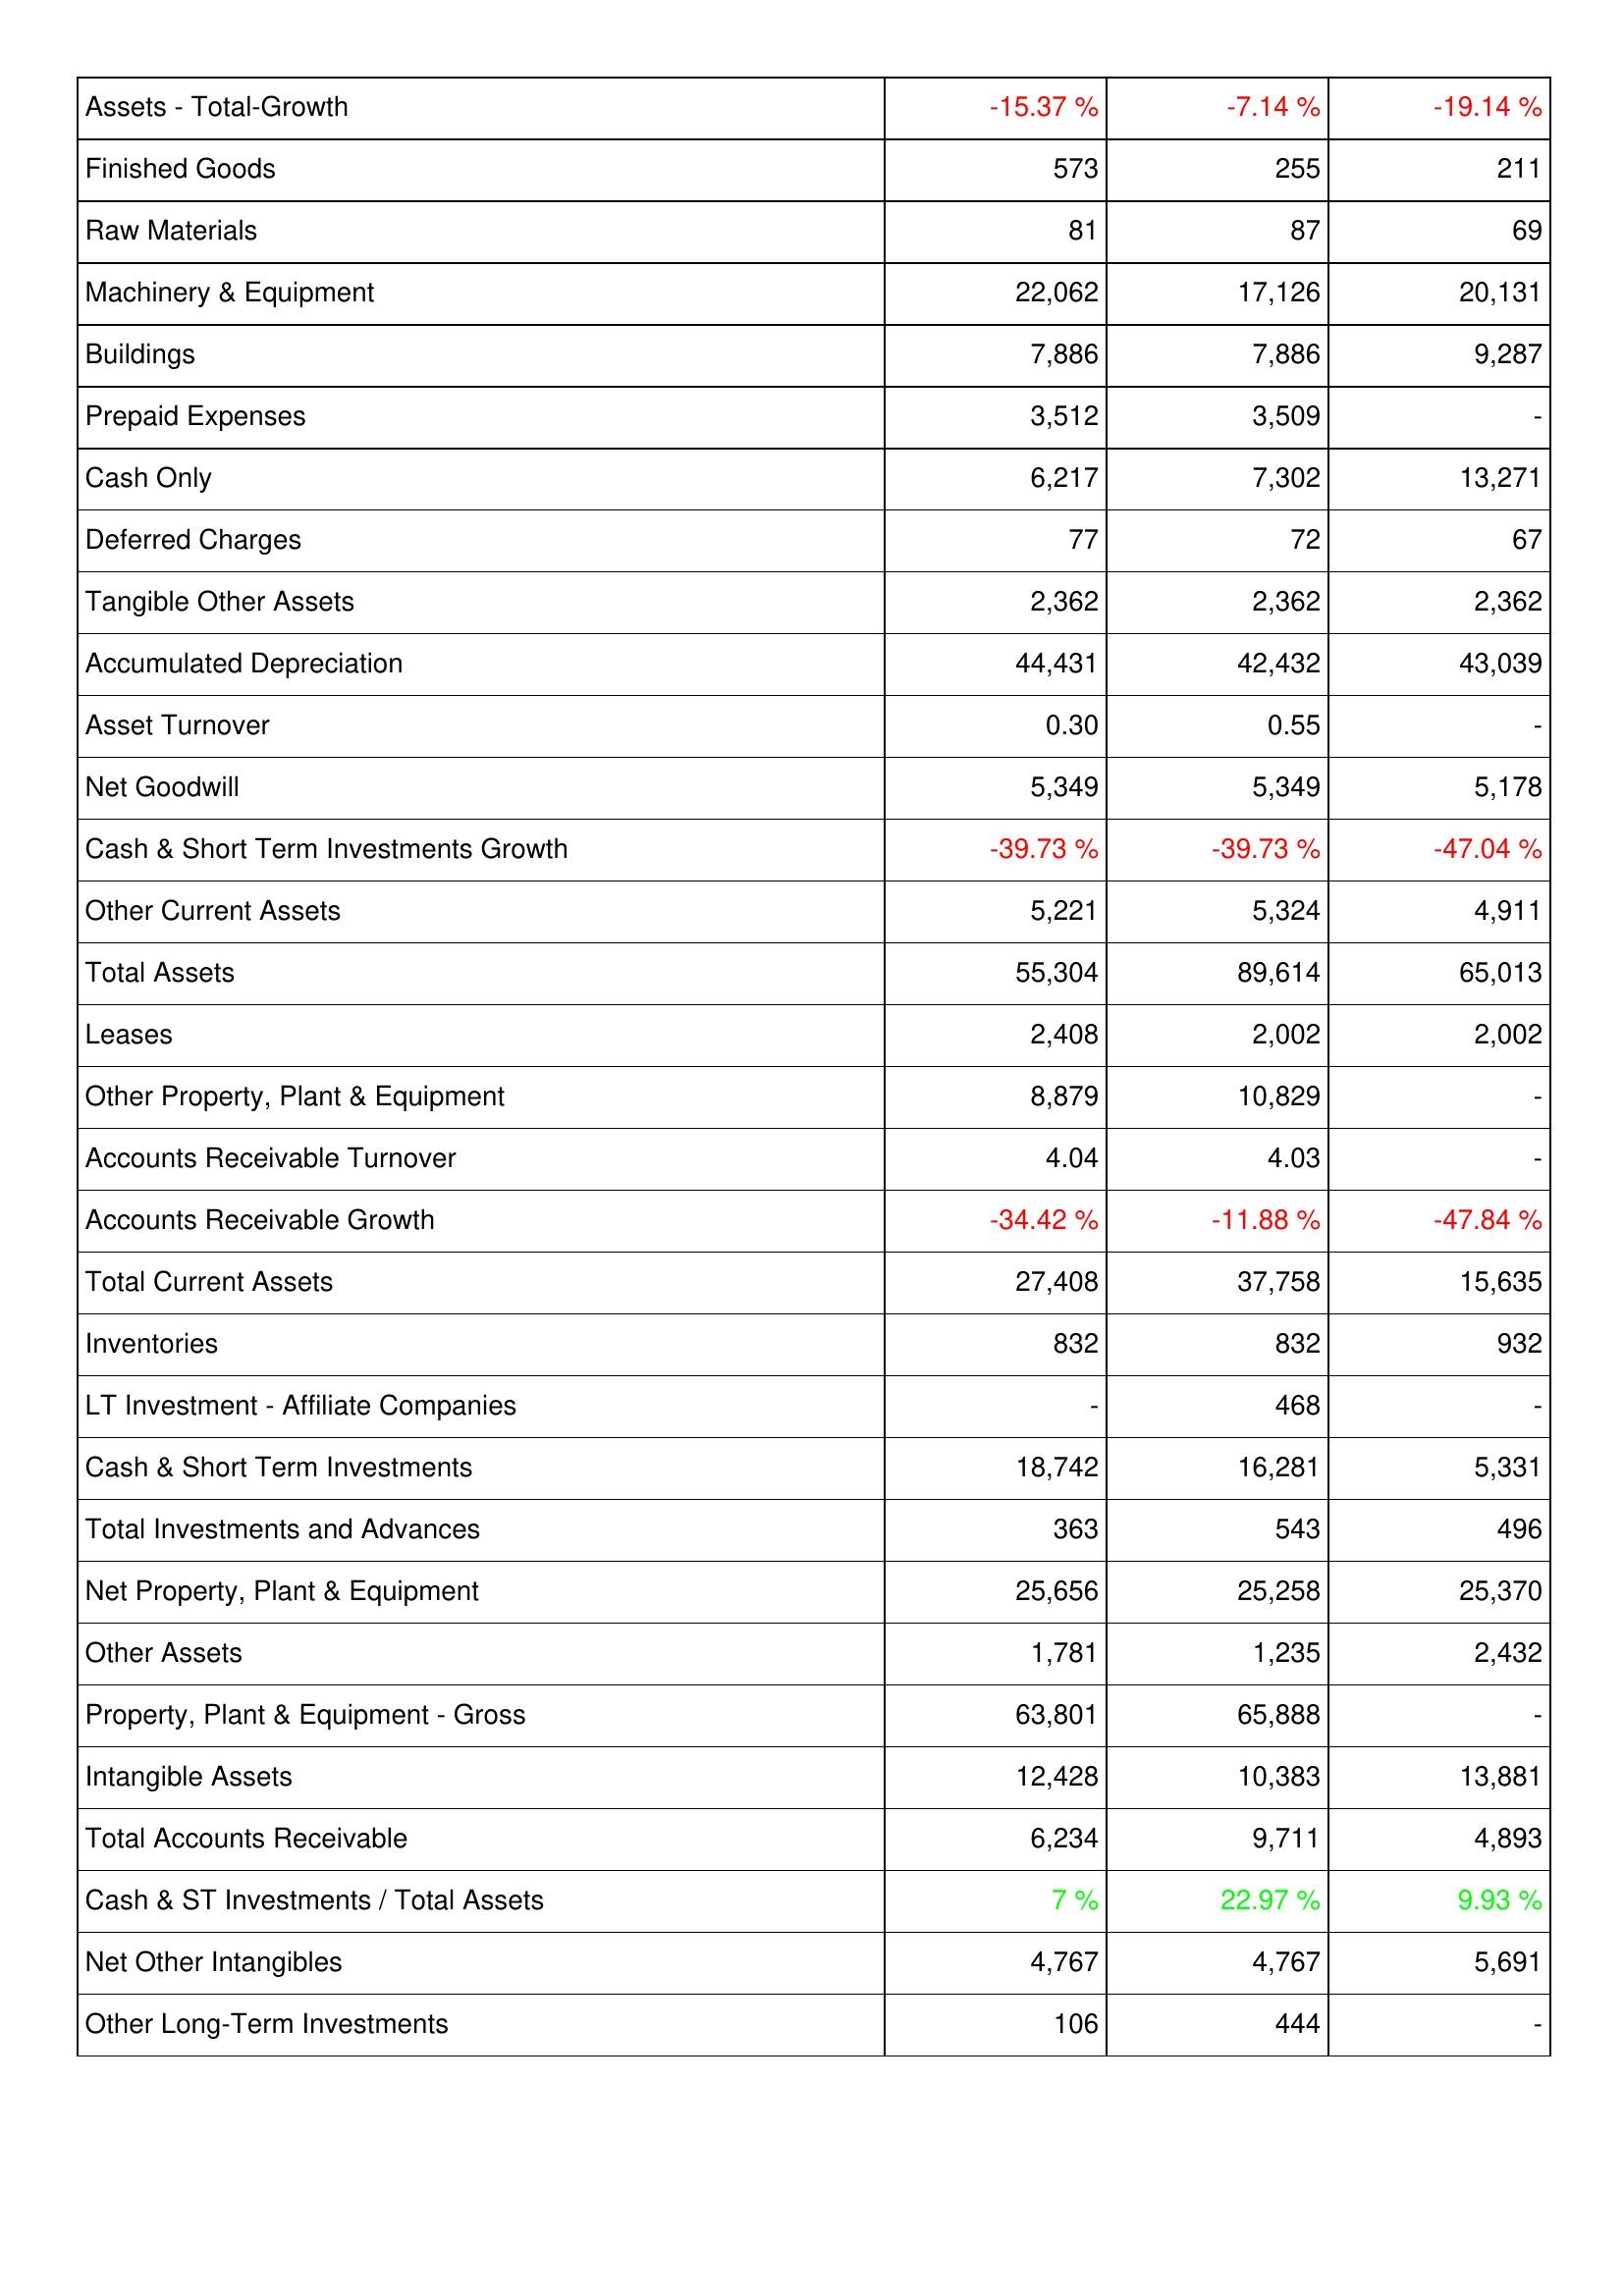
2020: Assets: Assets - Total-Growth: -15.37 %
Finished Goods: 573
Raw Materials: 81
Machinery & Equipment: 22,062
Buildings: 7,886
Prepaid Expenses: 3,512
Cash Only: 6,217
Deferred Charges: 77
Tangible Other Assets: 2,362
Accumulated Depreciation: 44,431
Asset Turnover: 0.30
Net Goodwill: 5,349
Cash & Short Term Investments Growth: -39.73 %
Other Current Assets: 5,221
Total Assets: 55,304
Leases: 2,408
Other Property, Plant & Equipment: 8,879
Accounts Receivable Turnover: 4.04
Accounts Receivable Growth: -34.42 %
Total Current Assets: 27,408
Inventories: 832
LT Investment - Affiliate Companies: -
Cash & Short Term Investments: 18,742
Total Investments and Advances: 363
Net Property, Plant & Equipment: 25,656
Other Assets: 1,781
Property, Plant & Equipment - Gross: 63,801
Intangible Assets: 12,428
Total Accounts Receivable: 6,234
Cash & ST Investments / Total Assets: 7 %
Net Other Intangibles: 4,767
Other Long-Term Investments: 106
2021: Assets: Assets - Total-Growth: -7.14 %
Finished Goods: 255
Raw Materials: 87
Machinery & Equipment: 17,126
Buildings: 7,886
Prepaid Expenses: 3,509
Cash Only: 7,302
Deferred Charges: 72
Tangible Other Assets: 2,362
Accumulated Depreciation: 42,432
Asset Turnover: 0.55
Net Goodwill: 5,349
Cash & Short Term Investments Growth: -39.73 %
Other Current Assets: 5,324
Total Assets: 89,614
Leases: 2,002
Other Property, Plant & Equipment: 10,829
Accounts Receivable Turnover: 4.03
Accounts Receivable Growth: -11.88 %
Total Current Assets: 37,758
Inventories: 832
LT Investment - Affiliate Companies: 468
Cash & Short Term Investments: 16,281
Total Investments and Advances: 543
Net Property, Plant & Equipment: 25,258
Other Assets: 1,235
Property, Plant & Equipment - Gross: 65,888
Intangible Assets: 10,383
Total Accounts Receivable: 9,711
Cash & ST Investments / Total Assets: 22.97 %
Net Other Intangibles: 4,767
Other Long-Term Investments: 444
2022: Assets: Assets - Total-Growth: -19.14 %
Finished Goods: 211
Raw Materials: 69
Machinery & Equipment: 20,131
Buildings: 9,287
Prepaid Expenses: -
Cash Only: 13,271
Deferred Charges: 67
Tangible Other Assets: 2,362
Accumulated Depreciation: 43,039
Asset Turnover: -
Net Goodwill: 5,178
Cash & Short Term Investments Growth: -47.04 %
Other Current Assets: 4,911
Total Assets: 65,013
Leases: 2,002
Other Property, Plant & Equipment: -
Accounts Receivable Turnover: -
Accounts Receivable Growth: -47.84 %
Total Current Assets: 15,635
Inventories: 932
LT Investment - Affiliate Companies: -
Cash & Short Term Investments: 5,331
Total Investments and Advances: 496
Net Property, Plant & Equipment: 25,370
Other Assets: 2,432
Property, Plant & Equipment - Gross: -
Intangible Assets: 13,881
Total Accounts Receivable: 4,893
Cash & ST Investments / Total Assets: 9.93 %
Net Other Intangibles: 5,691
Other Long-Term Investments: -